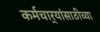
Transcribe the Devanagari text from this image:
कर्मचार्‍यांसाठीच्या